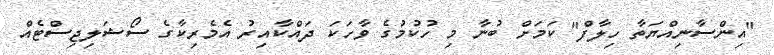
"އިންސާނިއްޔަތާ ހިލާފް" ކަމަށް ބުނާ މި ހުކުމުގެ ވާހަކަ ދައްކާއިރު އެމެރިކާގެ ސޯޝަލިޖިސްޓެއް